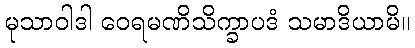
မုသာဝါဒါ ဝေရမဏိသိက္ခာပဒံ သမာဒိယာမိ။